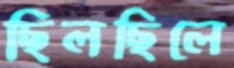
ছিলছিলে